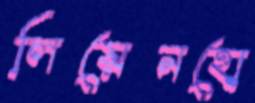
লিয়েনহো